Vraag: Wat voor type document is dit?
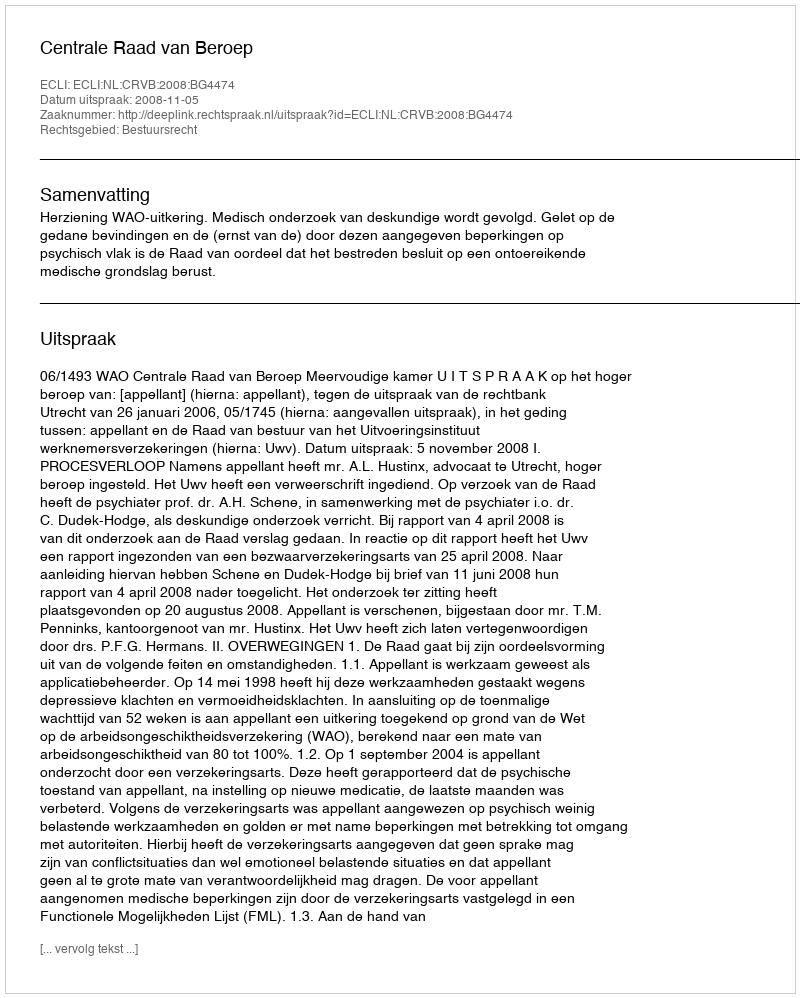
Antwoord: Uitspraak